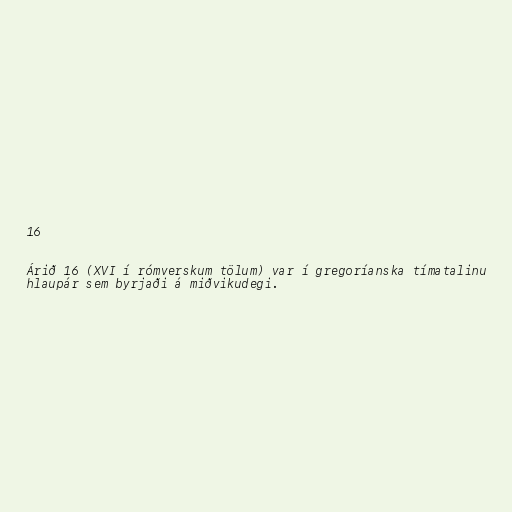
16

Árið 16 (XVI í rómverskum tölum) var í gregoríanska tímatalinu
hlaupár sem byrjaði á miðvikudegi.